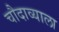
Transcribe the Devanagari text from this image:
चौदाव्याला